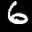
Label: 6